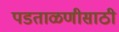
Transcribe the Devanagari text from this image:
पडताळणीसाठी